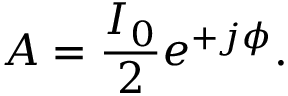
A = { \frac { I _ { 0 } } { 2 } } e ^ { + j \phi } .